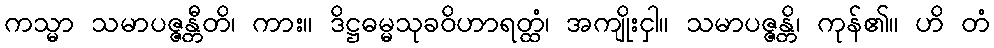
ကသ္မာ သမာပဇ္ဇန္တီတိ၊ ကား။ ဒိဋ္ဌဓမ္မသုခဝိဟာရတ္ထံ၊ အကျိုးငှါ။ သမာပဇ္ဇန္တိ၊ ကုန်၏။ ဟိ တံ